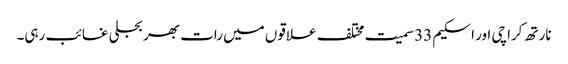
نارتھ کراچی اور اسکیم 33 سمیت مختلف علاقوں میں رات بھر بجلی غائب رہی۔